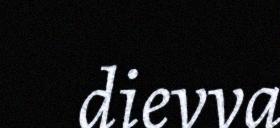
dievva